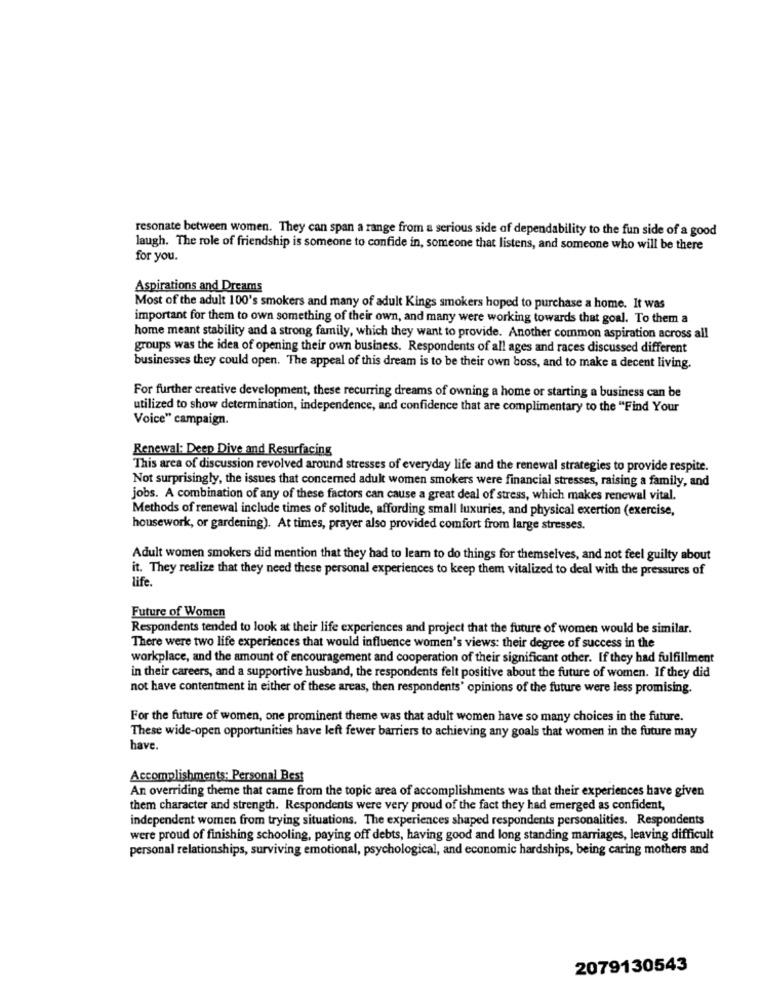
resonate between women. They can span a range from a serious side of dependability to the fun side of a good
laugh. The role of friendship is someone to confide in, someone that listens, and someone who will be there
for you.
Aspirations and Dreams
Most of the adult 100's smokers and many of adult Kings smokers hoped to purchase a home. It was
important for them to own something of their own, and many were working towards that goal. To them a
home meant stability and a strong family, which they want to provide. Another common aspiration across all
groups was the idea of opening their own business. Respondents of all ages and races discussed different
businesses they could open. The appeal of this dream is to be their own boss, and to make a decent living.
For further creative development, these recurring dreams of owning a home or starting a business can be
utilized to show determination, independence, and confidence that are complimentary to the "Find Your
Voice" campaign.
Renewal: Deep Dive and Resurfacing
This area of discussion revolved around stresses of everyday life and the renewal strategies to provide respite.
Not surprisingly, the issues that concerned adult women smokers were financial stresses, raising a family, and
jobs. A combination of any of these factors can cause a great deal of stress, which makes renewal vital.
Methods of renewal include times of solitude, affording small luxuries, and physical exertion (exercise,
housework, or gardening). At times, prayer also provided comfort from large stresses.
Adult women smokers did mention that they had to learn to do things for themselves, and not feel guilty about
it. They realize that they need these personal experiences to keep them vitalized to deal with the pressures of
life
Future of Women
Respondents tended to look at their life experiences and project that the future of women would be similar.
There were two life experiences that would influence women's views: their degree of success in the
workplace, and the amount of encouragement and cooperation of their significant other. If they had fulfillment
in their careers, and a supportive husband, the respondents felt positive about the future of women. If they did
not have contentment in either of these areas, then respondents' opinions of the future were less promising.
For the future of women, one prominent theme was that adult women have so many choices in the future.
These wide-open opportunities have left fewer barriers to achieving any goals that women in the future may
have.
Accomplishments: Personal Best
An overriding theme that came from the topic area of accomplishments was that their experiences have given
them character and strength. Respondents were very proud of the fact they had emerged as confident,
independent women from trying situations. The experiences shaped respondents personalities. Respondents
were proud of finishing schooling, paying off debts, having good and long standing marriages, leaving difficult
personal relationships, surviving emotional, psychological, and economic hardships, being caring mothers and
2079130543